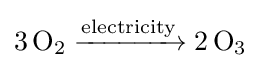
{3\,\mathrm {O} {\vphantom {A}}_{\smash[{t}]{2}}{}\mathrel {\xrightarrow {\text{electricity}} } {}2\,\mathrm {O} {\vphantom {A}}_{\smash[{t}]{3}}}